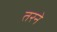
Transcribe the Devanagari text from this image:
तरने